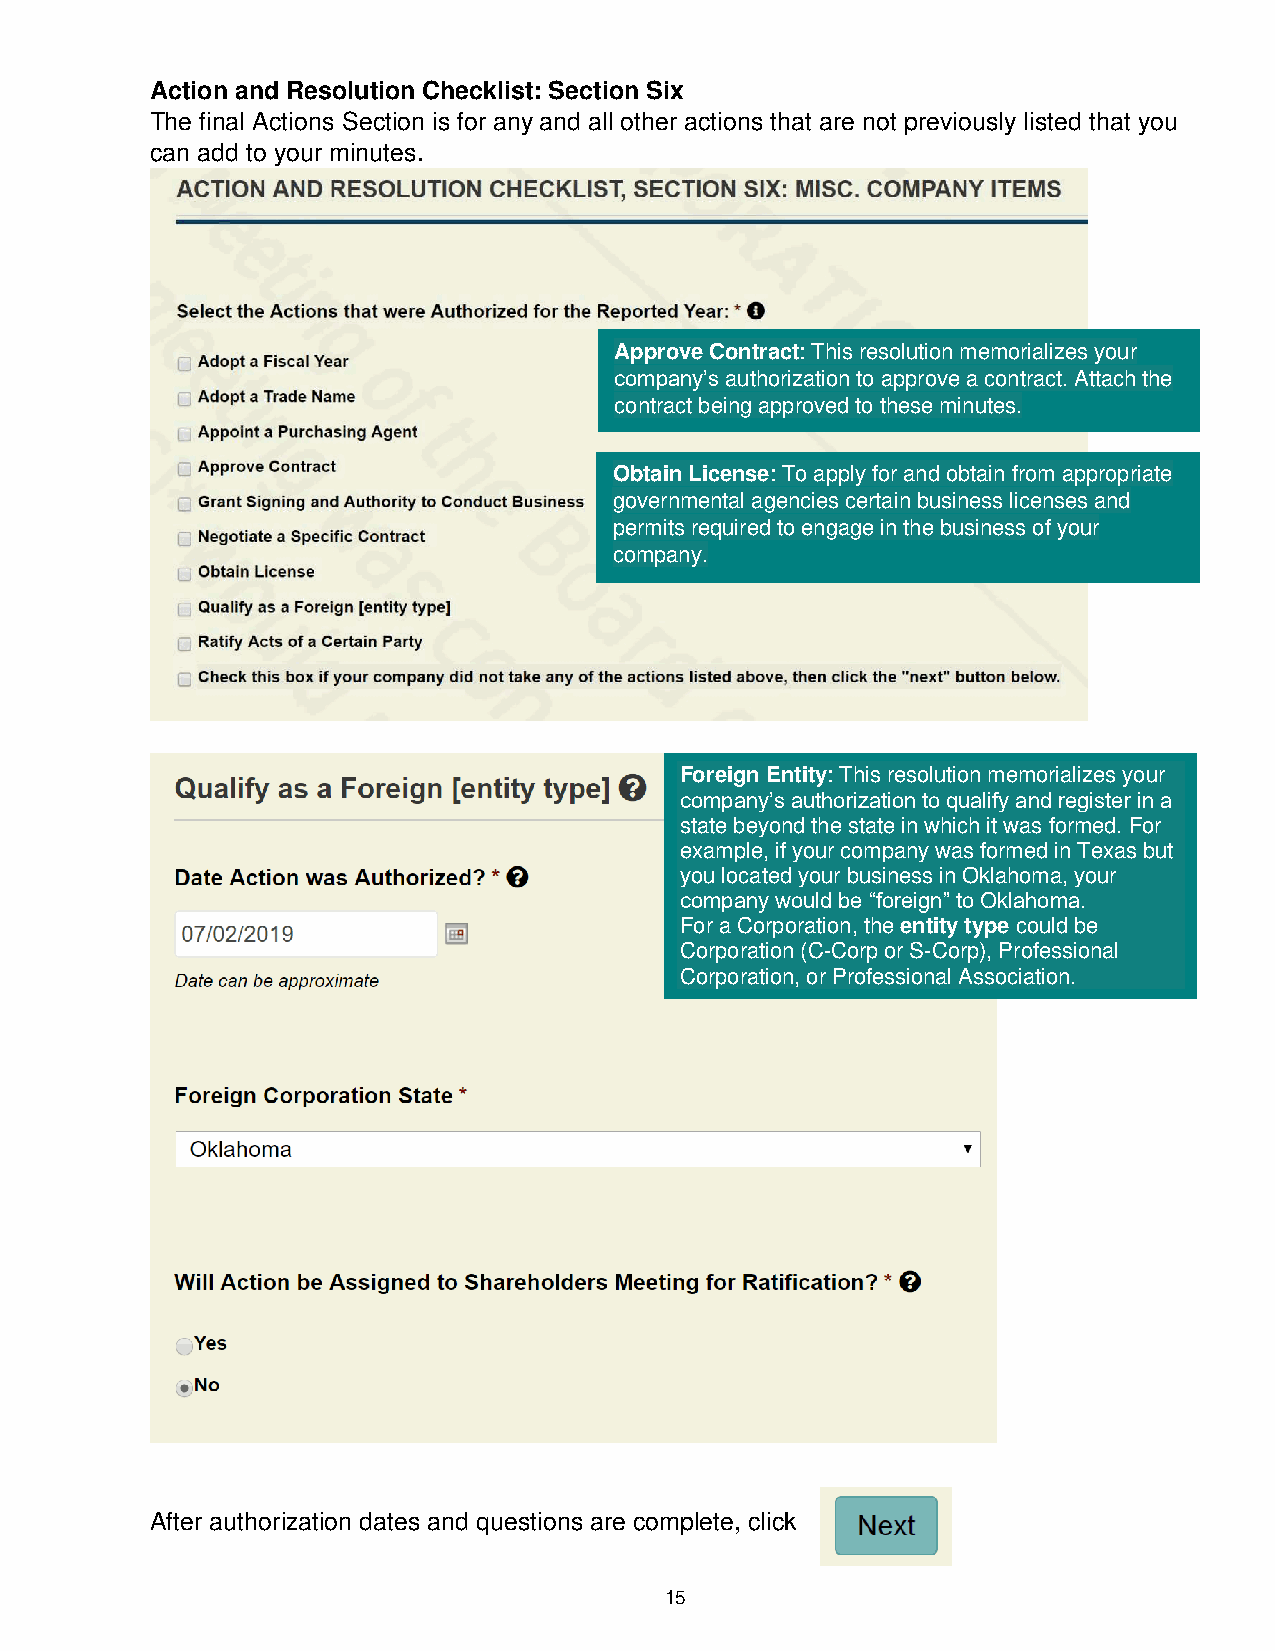
Action and Resolution Checklist: Section Six
 The final Actions Section is for any and all other actions that are not previously listed that you
 can add to your minutes.
 Approve Contract: This resolution memorializes your
 company’s authorization to approve a contract. Attach the
 contract being approved to these minutes.
 Obtain License: To apply for and obtain from appropriate
 governmental agencies certain business licenses and
 permits required to engage in the business of your
 company.
 Foreign Entity: This resolution memorializes your
 company’s authorization to qualify and register in a
 state beyond the state in which it was formed. For
 example, if your company was formed in Texas but
 you located your business in Oklahoma, your
 company would be “foreign” to Oklahoma.
 For a Corporation, the entity type could be
 Corporation (C-Corp or S-Corp), Professional
 Corporation, or Professional Association.
 After authorization dates and questions are complete, click
 15